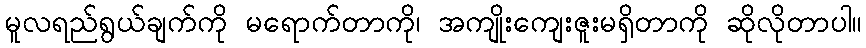
မူလရည်ရွယ်ချက်ကို မရောက်တာကို၊ အကျိုးကျေးဇူးမရှိတာကို ဆိုလိုတာပါ။